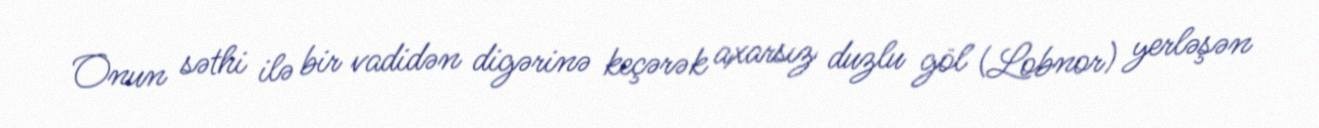
Onun səthi ilə bir vadidən digərinə keçərək axarsız duzlu göl (Lobnor) yerləşən